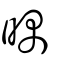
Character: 㬂